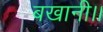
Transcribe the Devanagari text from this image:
बखानी।।